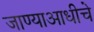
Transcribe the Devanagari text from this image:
जाण्याआधीचे